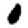
Digit: 0